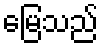
မြေသည်